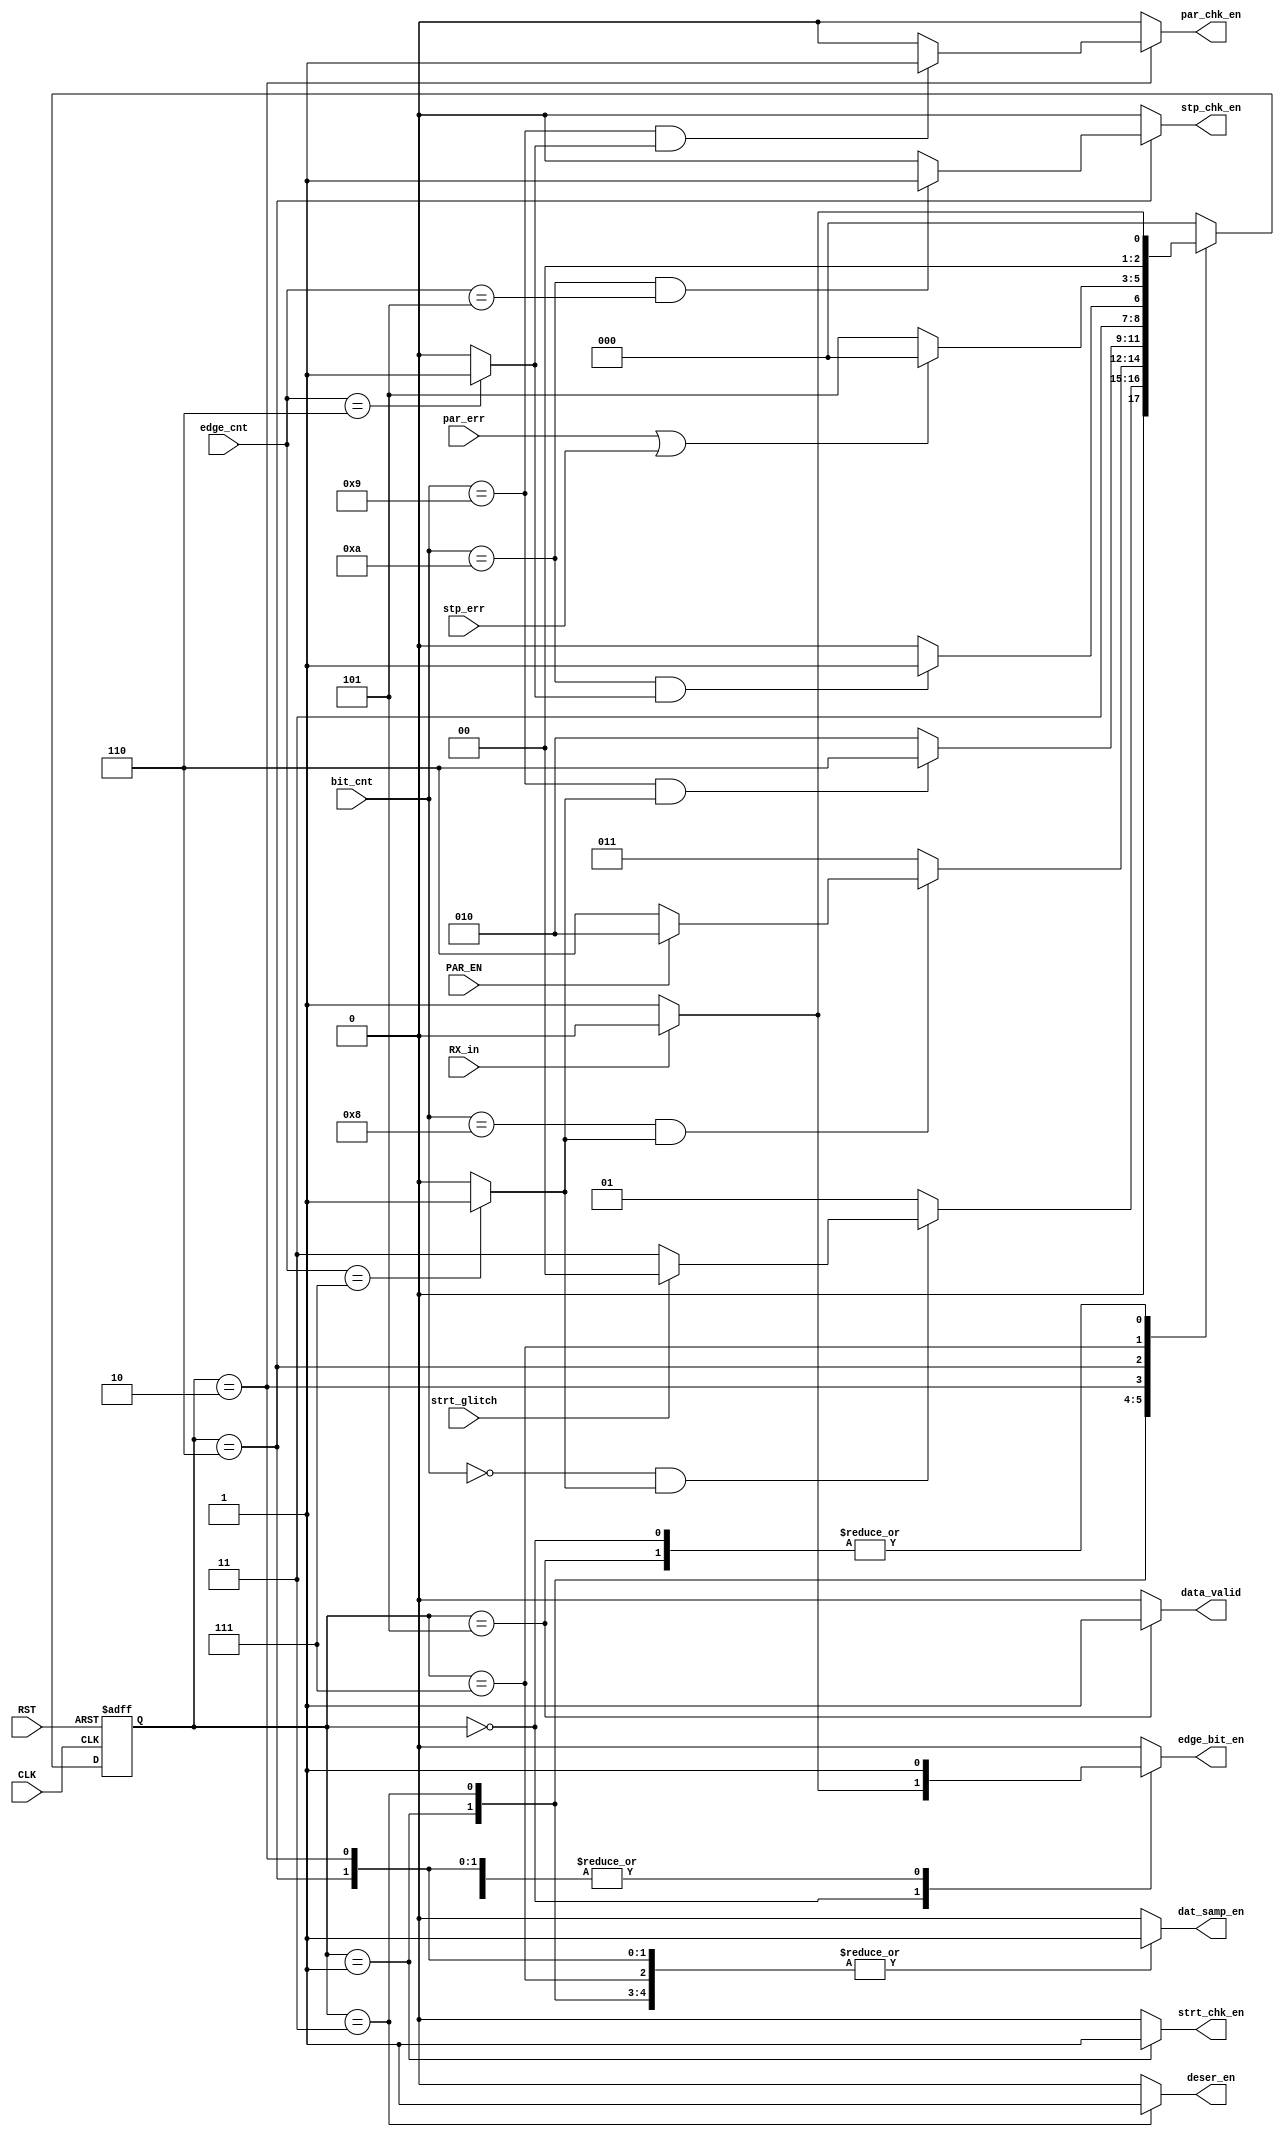
/*
Module: FSM.v
Owner : Omar  Salah
-------------------------
Description :
-------------

-------------------------
Mapping     :
-------------
uart_rx_fsm rx_fsm
(
 .CLK          ()    ,
 .RST          ()    ,
 .RX_in        ()    ,
 .PAR_EN       ()    , 
 .bit_cnt      ()    ,
 .edge_cnt     ()    ,
 .par_err      ()    ,
 .stp_err      ()    , 
 .strt_glitch  ()    ,
 .strt_chk_en  ()    ,   
 .edge_bit_en  ()    , 
 .deser_en     ()    , 
 .par_chk_en   ()    , 
 .stp_chk_en   ()    ,
 .dat_samp_en  ()    ,
 .data_valid   ()
);
*/
module uart_rx_fsm  # ( parameter DATA_WIDTH = 8 )
(
 input   wire                  CLK            ,
 input   wire                  RST            ,
 input   wire                  RX_in          ,
 input   wire                  PAR_EN         , 
 input   wire   [3:0]          bit_cnt        ,
 input   wire   [2:0]          edge_cnt       ,
 input   wire                  par_err        ,
 input   wire                  stp_err        , 
 input   wire                  strt_glitch    ,
 output  reg                   strt_chk_en    ,   
 output  reg                   edge_bit_en    , 
 output  reg                   deser_en       , 
 output  reg                   par_chk_en     , 
 output  reg                   stp_chk_en     ,
 output  reg                   dat_samp_en    ,
 output  reg                   data_valid
);


// gray state encoding
localparam  [2:0]      IDLE     = 3'b000 ,
                       START    = 3'b001 ,
					             DATA     = 3'b011 ,
					             PARITY   = 3'b010 ,
					             STOP     = 3'b110 ,
					             err_chk  = 3'b111 ,
					             data_vld = 3'b101 ;
//current state and next state
reg         [2:0]      CS                ;
reg         [2:0]      NS                ;
//
wire                  Counter_edge_done  ;	
wire                  Counter_valid       ;
assign Counter_edge_done  =  (edge_cnt == 'b111)  ? 1'b1  : 1'b0  ;	
assign Counter_valid      =   (edge_cnt ==  'd6)  ? 1'b1  : 1'b0  ;
//state transiton 
always @ (posedge CLK or negedge RST)
 begin
  if(!RST)
   begin
    CS <= IDLE ;
   end
  else
   begin
    CS <= NS ;
   end
 end
 

// next state logic
always @ (*)
 begin
  case(CS)
  IDLE   : begin
             if(!RX_in)
			         NS = START ;
			       else
			         NS = IDLE ; 			
           end
           
  START  : begin
             if(bit_cnt == 4'd0 && Counter_edge_done)
			        begin
			         if(!strt_glitch)                    // check that start bit not a glitch
				        begin
			           NS = DATA ;
                end
               else 
                 begin
 			            NS = IDLE ;       
                 end		
              end
			       else
			         begin
			           NS = START ; 			
               end			  
           end
           
  DATA   : begin
            if(bit_cnt == 4'd8 && Counter_edge_done)
			       begin
			         if(PAR_EN)
				        begin
			           NS = PARITY ;
				        end 
               else
				        begin
			           NS = STOP ;
                end					
             end
			      else
			       begin
			        NS = DATA ; 			
              end			  
           end
            
  PARITY : begin
             if(bit_cnt == 4'd9 && Counter_edge_done)
			         begin
			           NS = STOP ; 
               end
			       else
			         begin
			           NS = PARITY ; 			
               end			  
           end
           
  STOP   : begin
            if(bit_cnt == 4'd10 && Counter_valid)
			       begin
			         NS = err_chk ; 
             end
			      else
			       begin
			         NS = STOP ; 			
              end			  
            end
            
  err_chk   : begin
               if(par_err | stp_err)
			           begin
			             NS = IDLE ; 
                  end
			         else
			           begin
			             NS = data_vld ; 	    				
                 end			  
             end	
             
  data_vld : begin
              if(!RX_in)
                begin
			           NS = START ;
			          end
			        else
			          begin
			           NS= IDLE ;
			          end 						
             end
             			  		   
  default: begin
			       NS = IDLE ; 
           end	
  endcase 
                  	   
 end 

// output logic
always @ (*)
 begin
  edge_bit_en = 1'b0 ;
  dat_samp_en = 1'b0 ;  
  deser_en    = 1'b0 ; 
  par_chk_en  = 1'b0 ; 
  stp_chk_en  = 1'b0 ;
  data_valid  = 1'b0 ;
  strt_chk_en = 1'b0 ;
  case(CS)
  IDLE   : begin
             if(!RX_in)
			  begin
               edge_bit_en = 1'b1 ; 
  			         strt_chk_en = 1'b0 ;         
               deser_en    = 1'b0 ; 
               par_chk_en  = 1'b0 ; 
               stp_chk_en  = 1'b0 ;	
               dat_samp_en = 1'b0 ; 	
               data_valid  = 1'b0 ;		   
			  end 
			else
			  begin
			         strt_chk_en = 1'b0 ;
               edge_bit_en = 1'b0 ; 
               deser_en    = 1'b0 ; 
               par_chk_en  = 1'b0 ; 
               stp_chk_en  = 1'b0 ;
               data_valid  = 1'b0 ; 
               dat_samp_en = 1'b0 ; 			   
			  end  			
           end
           
  START  : begin
			       strt_chk_en = 1'b1 ;  
             edge_bit_en = 1'b1 ; 
             deser_en    = 1'b0 ; 
             par_chk_en  = 1'b0 ; 
             stp_chk_en  = 1'b0 ;
             data_valid  = 1'b0 ; 
             dat_samp_en = 1'b1 ;			 
           end
           
  DATA   : begin
             edge_bit_en = 1'b1 ; 
             deser_en    = 1'b1 ; 
             par_chk_en  = 1'b0 ; 
             stp_chk_en  = 1'b0 ;
             strt_chk_en = 1'b0 ;  
             data_valid  = 1'b0 ;
             dat_samp_en = 1'b1 ;			 
           end
  PARITY : begin
             edge_bit_en = 1'b1 ; 
             deser_en    = 1'b0 ; 
             par_chk_en  = 1'b0 ; 
             stp_chk_en  = 1'b0 ;
             strt_chk_en = 1'b0 ;  
             data_valid  = 1'b0 ;
             dat_samp_en = 1'b1 ;			
    if(bit_cnt == 4'd9 && Counter_valid)
      begin
             edge_bit_en = 1'b1 ; 
             deser_en    = 1'b0 ; 
             par_chk_en  = 1'b1 ; 
             stp_chk_en  = 1'b0 ;
             strt_chk_en = 1'b0 ;  
             data_valid  = 1'b0 ;
             dat_samp_en = 1'b1 ;				 
           end
           end
  STOP   : begin
             edge_bit_en = 1'b1 ; 
             deser_en    = 1'b0 ; 
             strt_chk_en = 1'b0 ;  
             par_chk_en  = 1'b0 ; 
             stp_chk_en  = 1'b0  ;
             data_valid  = 1'b0 ;
             dat_samp_en = 1'b1 ;		
      if(bit_cnt == 4'd10 && edge_cnt=='d5)
      begin
             edge_bit_en = 1'b1 ; 
             deser_en    = 1'b0 ; 
             par_chk_en  = 1'b0 ; 
             stp_chk_en  = 1'b1 ;
             strt_chk_en = 1'b0 ;  
             data_valid  = 1'b0 ;
             dat_samp_en = 1'b1 ;				 
           end		 
           end
           	
  err_chk: begin
             edge_bit_en = 1'b0 ; 
             deser_en    = 1'b0 ; 
             par_chk_en  = 1'b0 ; 
             strt_chk_en = 1'b0 ;  
             stp_chk_en  = 1'b0 ;
             data_valid  = 1'b0 ;
             dat_samp_en = 1'b1 ;				 
           end	
           
  data_vld:begin
             edge_bit_en = 1'b0 ; 
             deser_en    = 1'b0 ; 
             strt_chk_en = 1'b0 ;  
             par_chk_en  = 1'b0 ; 
             stp_chk_en  = 1'b0 ;
             data_valid  = 1'b1 ;
             dat_samp_en = 1'b0 ;				 
           end
           			   
  default: begin
             edge_bit_en = 1'b0 ; 
             strt_chk_en = 1'b0 ;  
             deser_en    = 1'b0 ; 
             par_chk_en  = 1'b0 ; 
             stp_chk_en  = 1'b0 ;	
			       data_valid  = 1'b0 ;
             dat_samp_en = 1'b0 ;				 
		        end 
  endcase                 	   
 end 

endmodule